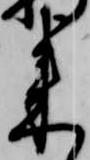
来